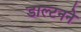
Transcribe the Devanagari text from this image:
डाल्टनने